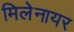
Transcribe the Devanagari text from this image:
मिलेनायर